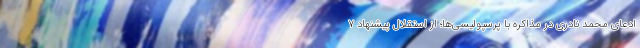
ادعای محمد نادری در مذاکره با پرسپولیسی‌ها؛ از استقلال پیشنهاد ۷